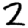
Digit: 2